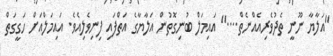
"އަލާޔާ ނޫނީ ތެދުވެރިއެއްނެތް...." އައިމަލް ބުނިގޮތުން އަލާޔާގެ އަތްފައި ފިނިވެލިއެވެ. އައިމަލްއަށް ހަގީގަތް